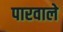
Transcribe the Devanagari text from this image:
पारवाले